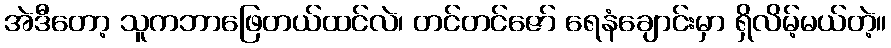
အဲဒီတော့ သူကဘာဖြေတယ်ထင်လဲ၊ တင်တင်ဇော် ရေနံချောင်းမှာ ရှိလိမ့်မယ်တဲ့။